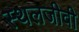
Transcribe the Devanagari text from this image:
स्थलजीवी